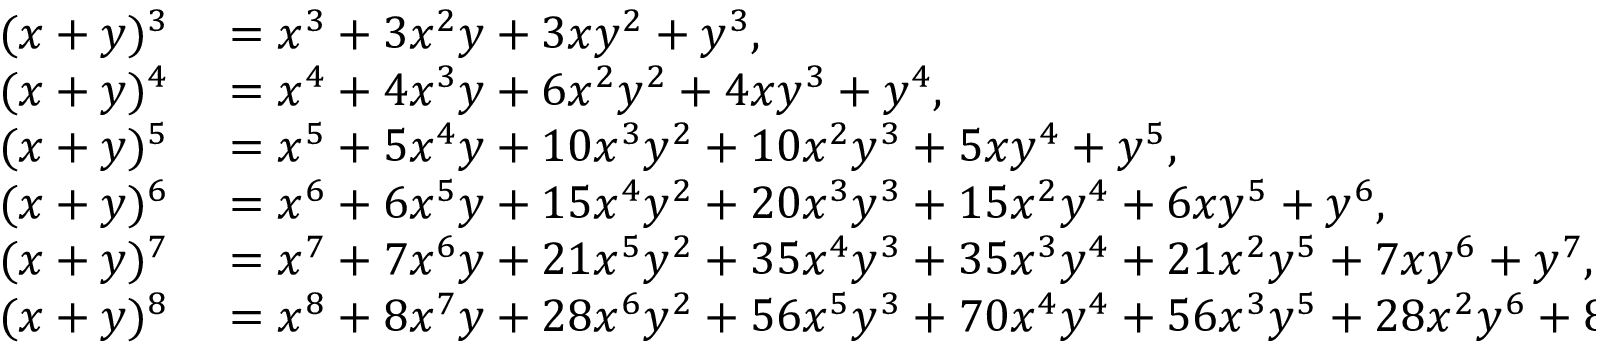
\begin{array} { r l } { ( x + y ) ^ { 3 } } & { { } = x ^ { 3 } + 3 x ^ { 2 } y + 3 x y ^ { 2 } + y ^ { 3 } , } \\ { ( x + y ) ^ { 4 } } & { { } = x ^ { 4 } + 4 x ^ { 3 } y + 6 x ^ { 2 } y ^ { 2 } + 4 x y ^ { 3 } + y ^ { 4 } , } \\ { ( x + y ) ^ { 5 } } & { { } = x ^ { 5 } + 5 x ^ { 4 } y + 1 0 x ^ { 3 } y ^ { 2 } + 1 0 x ^ { 2 } y ^ { 3 } + 5 x y ^ { 4 } + y ^ { 5 } , } \\ { ( x + y ) ^ { 6 } } & { { } = x ^ { 6 } + 6 x ^ { 5 } y + 1 5 x ^ { 4 } y ^ { 2 } + 2 0 x ^ { 3 } y ^ { 3 } + 1 5 x ^ { 2 } y ^ { 4 } + 6 x y ^ { 5 } + y ^ { 6 } , } \\ { ( x + y ) ^ { 7 } } & { { } = x ^ { 7 } + 7 x ^ { 6 } y + 2 1 x ^ { 5 } y ^ { 2 } + 3 5 x ^ { 4 } y ^ { 3 } + 3 5 x ^ { 3 } y ^ { 4 } + 2 1 x ^ { 2 } y ^ { 5 } + 7 x y ^ { 6 } + y ^ { 7 } , } \\ { ( x + y ) ^ { 8 } } & { { } = x ^ { 8 } + 8 x ^ { 7 } y + 2 8 x ^ { 6 } y ^ { 2 } + 5 6 x ^ { 5 } y ^ { 3 } + 7 0 x ^ { 4 } y ^ { 4 } + 5 6 x ^ { 3 } y ^ { 5 } + 2 8 x ^ { 2 } y ^ { 6 } + 8 x y ^ { 7 } + y ^ { 8 } . } \end{array}